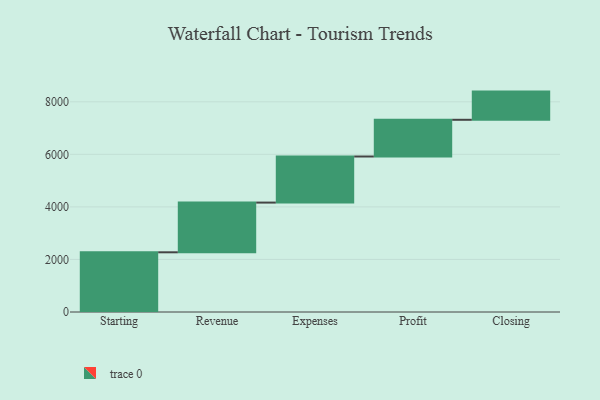
{"axis": {"x": "Step", "y": "Value"}, "legend": [""], "data": [{"x": "Starting", "y": 2272.0, "type": ""}, {"x": "Revenue", "y": 1892.0, "type": ""}, {"x": "Expenses", "y": 1754.0, "type": ""}, {"x": "Profit", "y": 1397.0, "type": ""}, {"x": "Closing", "y": 1073.0, "type": ""}]}